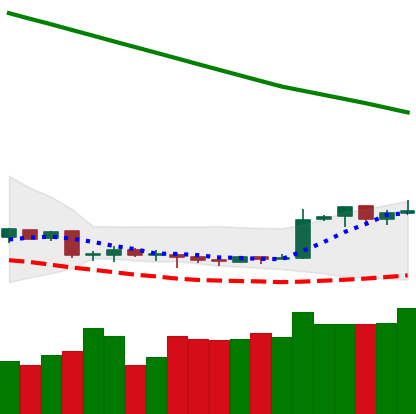
Ticker: XMR-USD
Chart end date: 2019-02-13
Forward return: 4.791%
Label: up_3_5